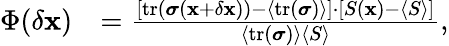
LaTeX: \begin{array}{rl}{\Phi(\delta\mathbf{x})}&{=\frac{[\textrm{tr}({\boldsymbol\sigma}(\mathbf{x}+\delta\mathbf{x}))-\langle\textrm{tr}({\boldsymbol\sigma})\rangle]\cdot[S(\mathbf{x})-\langle S\rangle]}{\langle\textrm{tr}({\boldsymbol\sigma})\rangle\langle S\rangle},}\end{array}